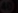
Transcribe